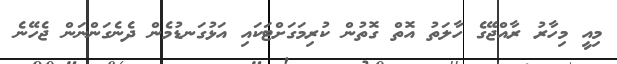
މިއީ މިހާރު ރާއްޖޭގެ ހާލަތު އޮތް ގޮތުން ކުރިމަގަށްޓަކައި އަޅުގަނޑުމެން ދެނެގަންނަން ޖެހޭނެ